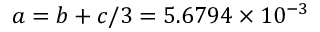
a = b + c / 3 = 5 . 6 7 9 4 \times 1 0 ^ { - 3 }